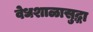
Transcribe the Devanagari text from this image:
वेधशाळासुद्धा